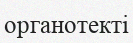
органотекті